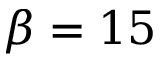
\beta = 1 5